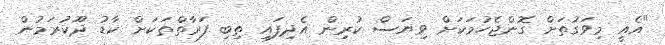
"އެއީ މިވަގުތަށް ގޮންޖެހުމަކަށް ވިޔަސް ކުރިން އެދިފައި ތިބި ފަރާތްތަކަށް ކާޑު ދޫކުރަމުން